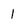
Character: 1